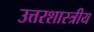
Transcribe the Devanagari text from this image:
उत्तरशास्त्रीय